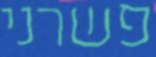
פשרני